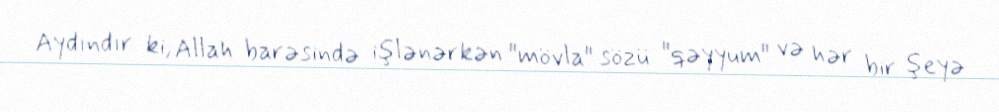
Aydındır ki, Allah barəsində işlənərkən "mövla" sözü "qəyyum" və hər bir şeyə